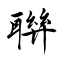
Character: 聨